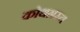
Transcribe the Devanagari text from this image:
कोथग्रस्त